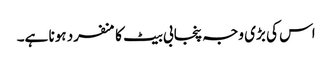
اس کی بڑی وجہ پنجابی بیٹ کا منفرد ہونا ہے۔